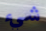
شيء